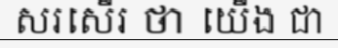
សរសើរ ថា យើង ជា